King Institute of Preventive Medicine Bacteriolog. Section reports 1907-08
Year: 1907
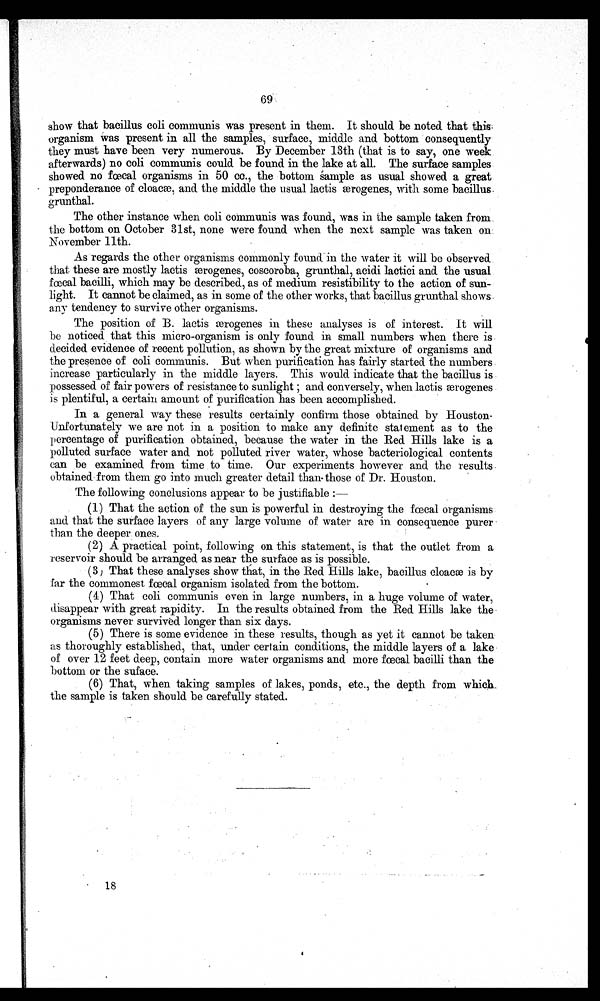
69
show that bacillus coli communis was present in them. It should be noted that this
organism was present in all the samples, surface, middle and bottom consequently
they must have been very numerous. By December 13th (that is to say, one week
afterwards) no coli communis could be found in the lake at all. The surface samples
showed no fœcal organisms in 50 cc., the bottom sample as usual showed a great
preponderance of cloacæ, and the middle the usual lactis æmrogenes, with some bacillus.
grunthal.
The other instance when coli communis was found, was in the sample taken from
the bottom on October 31st, none were found when the next sample was taken on
November 11th.
As regards the other organisms commonly found - in the water it will be observed
that these are mostly lactis æerogenes, coscoroba, grunthal, acidi lactici and the usual
fœcal bacilli, which may be described, as of medium resistibility to the action of sun-
light. It cannot be claimed, as in some of the other works, that bacillus grunthal shows
any tendency to survive other organisms.
The position of B. lactis ærogenes in these analyses is of interest. It will
be noticed that this micro-organism is only found in small numbers when there is
decided evidence of recent pollution, as shown by the great mixture of organisms and.
the presence of coli communis. But when purification has fairly started the numbers
increase particularly in the middle layers. This would indicate that the bacillus is
possessed of fair powers of resistance to sunlight; and conversely, when lactis ænrogenes
is plentiful, a certain amount of purification has been accomplished.
In a general way these results certainly confirm those obtained by Houston
Unfortunately we are not in a position to make any definite statement as to the
percentage of purification obtained, because the water in the Red Hills lake is a
polluted surface water and not polluted river water, whose bacteriological contents
can be examined from time to time. Our experiments however and the results
obtained from them go into much greater detail than those of Dr. Houston.
The following conclusions appear to be justifiable:
—
(1) That the action of the sun is powerful in destroying the fœcal organisms
and that the surface layers of any large volume of water are in consequence purer
than the deeper ones.
(2) A practical point, following on this statement, is that the outlet from a
reservoir should be arranged as near the surface as is possible.
(3) That these analyses show that, in the Red Hills lake, bacillus cloacæ is by
far the commonest fœcal organism isolated from the bottom.
(4) That coli communis even in large numbers, in a huge volume of water,
disappear with great rapidity. In the results obtained from the Red Hills lake the-
organisms never survived longer than six days.
(5) There is some evidence in these results, though as yet it cannot be taken
as thoroughly established, that, under certain conditions, the middle layers of a lake
of over 12 feet deep, contain more water organisms and more fœcal bacilli than the
bottom or the suface.
(6) That, when taking samples of lakes, ponds, etc., the depth from which,
the sample is taken should be carefully stated.
•
18